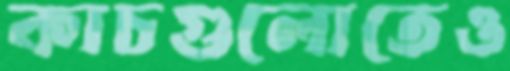
কাচগুলোতেও